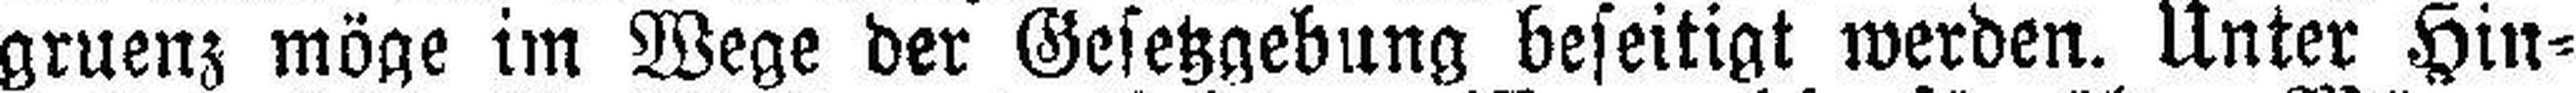
gruenz möge im Wege der Gesetzgebung beseitigt werden. Unter Hin¬